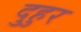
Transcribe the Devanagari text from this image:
दुहुर